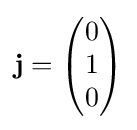
\mathbf {j} ={\begin{pmatrix}0\\1\\0\end{pmatrix}}